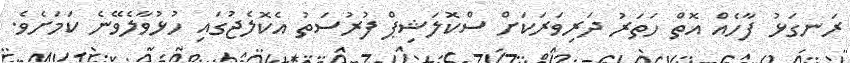
ރަނގަޅު ފާހެއް އޮތް ހަތަރު ދަރިވަރަކަށް ސްކޮލަޝިޕް ފުރުސަތު އެކޮލެޖުގައި ހުޅުވާލެވޭނެ ކަމަށެވެ.